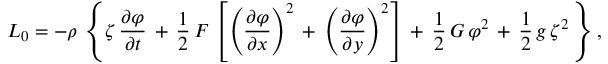
L _ { 0 } = - \rho \, \left\{ \zeta \, { \frac { \partial \varphi } { \partial t } } \, + \, { \frac { 1 } { 2 } } \, F \, \left[ \left( { \frac { \partial \varphi } { \partial { x } } } \right) ^ { 2 } \, + \, \left( { \frac { \partial \varphi } { \partial { y } } } \right) ^ { 2 } \right] \, + \, { \frac { 1 } { 2 } } \, G \, \varphi ^ { 2 } \, + \, { \frac { 1 } { 2 } } \, g \, \zeta ^ { 2 } \, \right\} ,